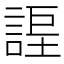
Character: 𧩆